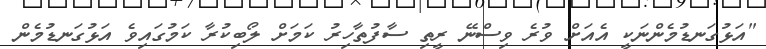
"އަޅުގަނޑުމެންނަކީ އެއަށް ވުރެ ވިސްނޭ ރީތި ސާފުތާހިރު ކަމަށް ލޯބިކުރާ ކަމުގައިވެ އަޅުގަނޑުމެން